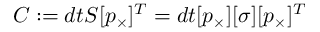
\begin{array} { r } { C : = d t S [ p _ { \times } ] ^ { T } = d t [ p _ { \times } ] [ \sigma ] [ p _ { \times } ] ^ { T } } \end{array}